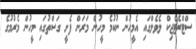
ސްޓްރެޓެޖިކް ލެވެލްގައި އެމީހުން ނުކުމެ މީހުން މަރަން ފެށީ ގަސްތުގައި މީހުން މެރުމުގެ